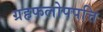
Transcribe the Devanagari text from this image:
ग्रहफलोपपत्ति